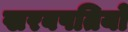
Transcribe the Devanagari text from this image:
खरबपतियों